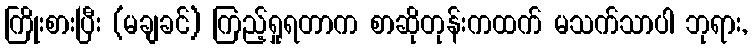
ကြိုးစားပြီး (မချခင်) ကြည့်ရှုရတာက စာဆိုတုန်းကထက် မသက်သာပါ ဘုရား,